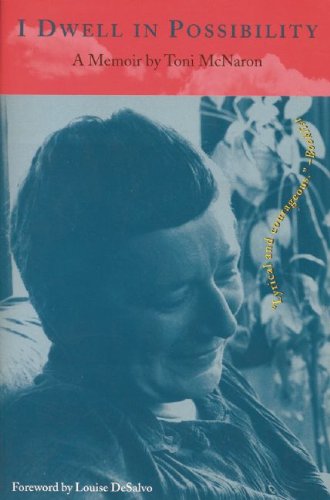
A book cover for I Dwell in Possibility: A Memoir (The Cross-Cultural Memoir Series); Toni McNaron; Gay & Lesbian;